Scottish Leaving Certificate Examination, 1953
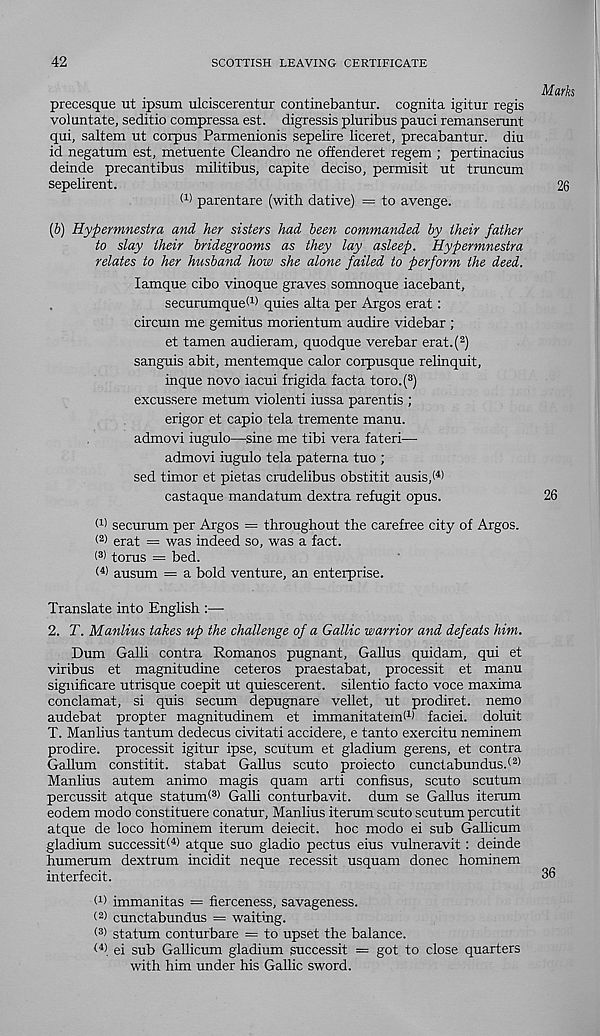
42
SCOTTISH LEAVING CERTIFICATE
precesque ut ipsum ulciscerentur continebantur. cognita igitur regis
voluntate, seditio compressa est. digressis pluribus pauci remanserant
qui, saltern ut corpus Parmenionis sepelire liceret, precabantur. diu
id negatum est, metuente Cleandro ne offenderet regem ; pertinacius
delude precantibus militibus, capite deciso, permisit ut truncum
sepelirent.
d) parentare (with dative) = to avenge.
(5) Hypermnestra and her sisters had been commanded by their father
to slay their bridegrooms as they lay asleep. Hypermnestra
relates to her husband how she alone failed to perform the deed.
lamque cibo vinoque graves somnoque iacebant,
securumqued) quies alta per Argos erat:
circum me gemitus morientum audire videbar ;
et tamen audieram, quodque verebar erat.( 2 )
sanguis abit, mentemque calor corpusque relinquit,
inque novo iacui frigida facta toro.( 3 )
excussere metum violent! iussa parentis ;
erigor et capio tela tremente manu.
admovi iugulo—sine me tibi vera fateri—
admovi iugulo tela patema tuo ;
sed timor et pietas crudelibus obstitit ausis,< 4 )
castaque mandatum dextra refugit opus.
d) securum per Argos = throughout the carefree city of Argos,
d) erat = was indeed so, was a fact.
< 3) torus = bed.
ausum == a bold venture, an enterprise.
Translate into English :—
2. T. Manlius takes up the challenge of a Gallic warrior and defeats him.
Dum Galli contra Romanos pugnant, Gallus quidam, qui et
viribus et magnitudine ceteros praestabat, processit et manu
significare utrisque coepit ut quiescerent. silentio facto voce maxima
conclamat, si quis secum depugnare vellet, ut prodiret. nemo
audebat propter magnitudinem et immanitatemW faciei, doluit
T. Manlius tantum dedecus civitati accidere, e tanto exercitu neminem
prodire. processit igitur ipse, scutum et gladium gerens, et contra
Galium constitit. stabat Gallus scuto proiecto cunctabundus.d)
Manlius autem animo magis quam arti confisus, scuto scutum
percussit atque statumf 3 ) Galli conturbavit. dum se Gallus iterum
eodem modo constituere conatur, Manlius iterum scuto scutum percutit
atque de loco hominem iterum deiecit. hoc modo ei sub Gallicum
gladium successit< 4 > atque suo gladio pectus eius vulneravit : deinde
humerum dextrum incidit neque recessit usquam donee hominem
interfecit.
W immanitas = fierceness, savageness,
cunctabundus = waiting,
statum conturbare = to upset the balance.
< 4 ) ei sub Gallicum gladium successit = got to close quarters
with him under his Gallic sword.